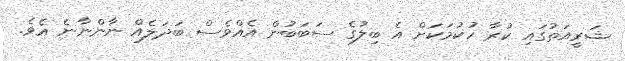
ޝަރީއަތުގައި ކުރާ ހުކުމަކަށް އެ ބިލުގެ ސަބަބުން އެއްވެސް ބަދަލެއް ނާންނާނެ އެވެ.